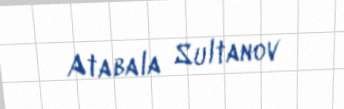
Atabala Sultanov